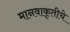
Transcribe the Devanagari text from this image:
मानवाकृतीचे